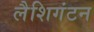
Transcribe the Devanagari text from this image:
लैशिगंटन